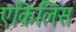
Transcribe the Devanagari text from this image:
एकिलिस